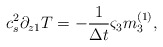
\begin{align*}c_s^2\partial _{z1}T =-\frac{1}{\Delta t} {\varsigma}_3{m}_3 ^{(1)},\end{align*}